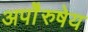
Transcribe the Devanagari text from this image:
अपाेेैरुषेय